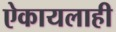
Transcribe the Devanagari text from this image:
ऐकायलाही